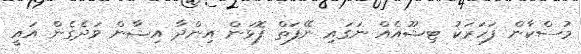
މުސްކާން ފަހަރަކު ޓިޝޫއެއް ނަގައި ނޭފަތް ފޮޅަން އިންދާ އިޝާން ވަދެގެން އައީ